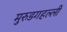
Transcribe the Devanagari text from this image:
मुरुडगहल्ली